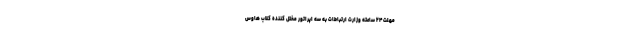
مهلت ۲۴ ساعته وزارت ارتباطات به سه اپراتور مختل ‌کننده کلاب هاوس